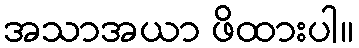
အသာအယာ ဖိထားပါ။